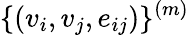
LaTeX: \{ (v_{i},v_{j},e_{ij})\} ^{(m)}